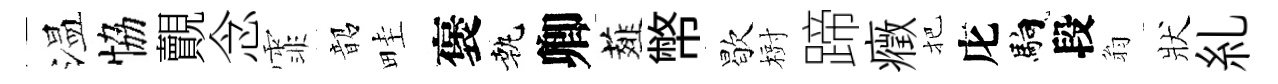
温恊覿念霏韶畦褒執卿薤幣歇𣗳蹄癥把庀馿段翁狀糺